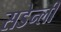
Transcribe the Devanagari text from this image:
सडेन्ली